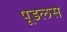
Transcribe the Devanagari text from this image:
पूडलस